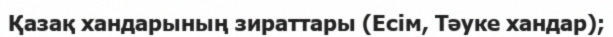
Қазақ хандарының зираттары (Есім, Тәуке хандар);